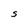
Character: S